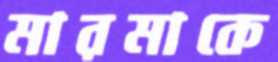
মারমাকে